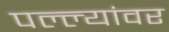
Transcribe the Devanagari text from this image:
पल्ल्यांवर